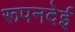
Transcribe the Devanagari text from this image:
रूपनदेई